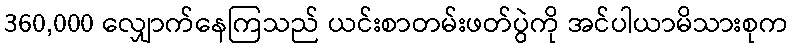
360,000 လျှောက်နေကြသည် ယင်းစာတမ်းဖတ်ပွဲကို အင်ပါယာမိသားစုက